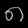
Digit: ၈